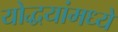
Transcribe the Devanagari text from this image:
योद्धयांमध्ये